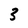
Character: 3